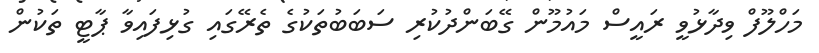
މަހްލޫފް ވިދާޅުވީ ރައީސް މައުމޫން ގޭބަންދުކުރި ސަބަބުތަކުގެ ތެރޭގައި ގުޅިފައިވާ ޕާޓީ ތަކުން